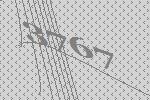
3767